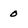
Character: 0